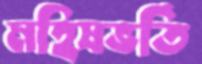
মহিষভর্তি